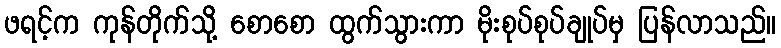
ဖရင့်က ကုန်တိုက်သို့ စောစော ထွက်သွားကာ မိုးစုပ်စုပ်ချုပ်မှ ပြန်လာသည်။